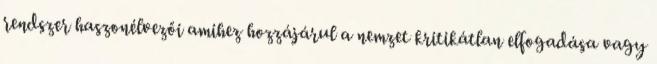
rendszer haszonélvezői amihez hozzájárul a nemzet kritikátlan elfogadása vagy